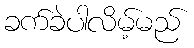
ခက်ခဲပါလိမ့်မည်